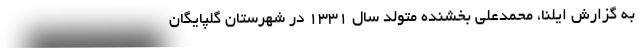
به گزارش ایلنا، محمدعلی بخشنده متولد سال ۱۳۳۱ در شهرستان گلپایگان